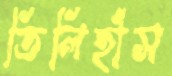
তিলিহাঁস